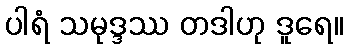
ပါရံ သမုဒ္ဒဿ တဒါဟု ဒူရေ။